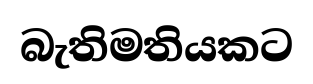
බැතිමතියකට